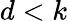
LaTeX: d<k